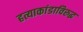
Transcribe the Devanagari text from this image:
हत्याकांडाविरुद्ध